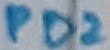
Text: PD2